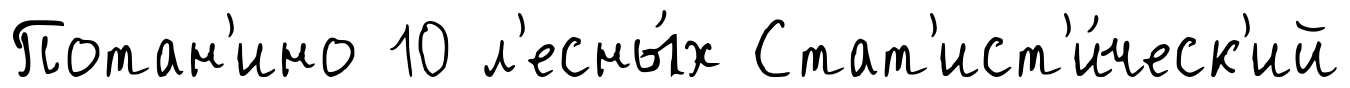
Потан'ино 10 л'есны́х Стат'ист'и́ческ'ий